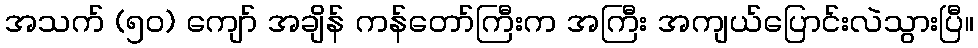
အသက် (၅၀) ကျော် အချိန် ကန်တော်ကြီးက အကြီး အကျယ်ပြောင်းလဲသွားပြီ။